Elephants and their diseases
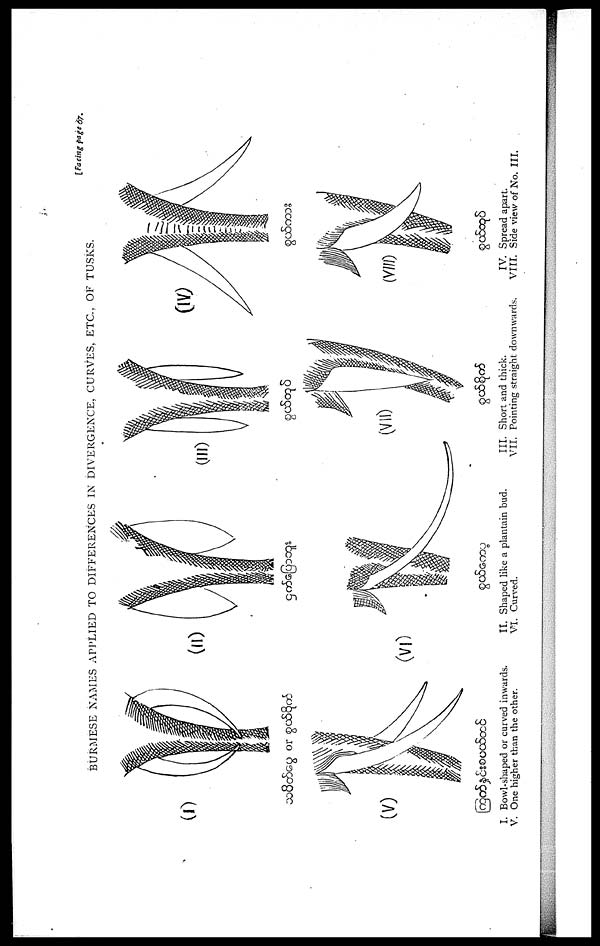
BURMESE NAMES APPLIED TO DIFFERENCES IN DIVERGENCE, CURVES, ETC., OF TUSKS.
[Facing page 67.
I. Bowl-shaped or curved inwards.
V. One higher than the other.
II. Shaped like a plantain bud.
VI. Curved.
III. Short and thick.
VII. Pointing straight downwards.
IV. Spread apart.
VIII. Side view of No. III.